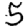
Digit: 5